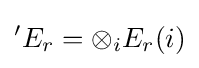
{}^{\prime }E_{r}=\otimes _{i}E_{r}(i)